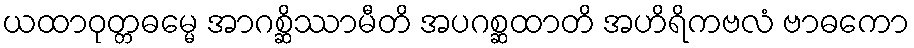
ယထာဝုတ္တဓမ္မေ အာဂစ္ဆိဿာမီတိ အပဂစ္ဆထာတိ အဟိရိကဗလံ ဗာဓကော